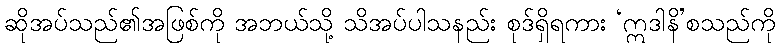
ဆိုအပ်သည်၏အဖြစ်ကို အဘယ်သို့ သိအပ်ပါသနည်း စုဒ်ရှိရကား ‘ဣဒါနိ’စသည်ကို